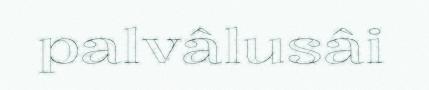
palvâlusâi